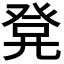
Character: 𭀭